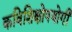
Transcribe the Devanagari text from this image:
कविशिक्षोपयोगी